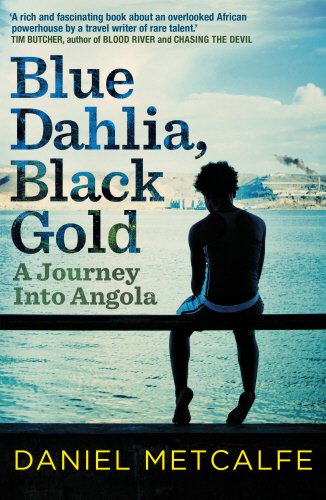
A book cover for Blue Dahlia, Black Gold: A Journey Into Angola; Daniel Metcalfe; Travel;